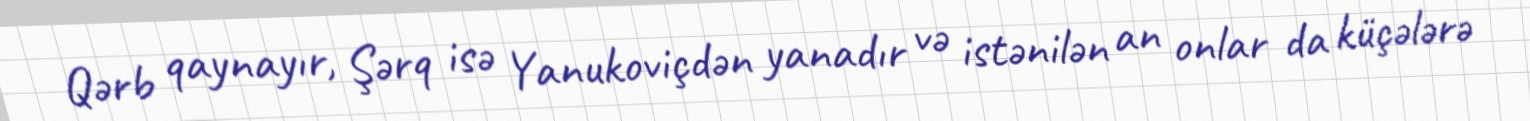
Qərb qaynayır, Şərq isə Yanukoviçdən yanadır və istənilən an onlar da küçələrə